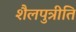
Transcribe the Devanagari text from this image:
शैलपुत्रीति